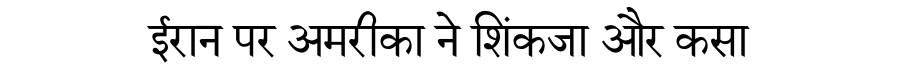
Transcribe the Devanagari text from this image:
ईरान पर अमरीका ने शिंकजा और कसा